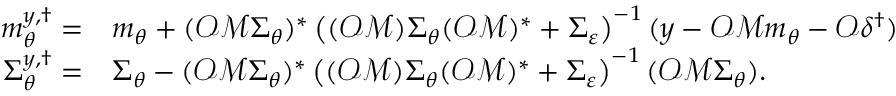
\begin{array} { r l } { m _ { \theta } ^ { y , \dagger } = } & { m _ { \theta } + ( \mathcal { O } \mathcal { M } \Sigma _ { \theta } ) ^ { \ast } \left( ( \mathcal { O } \mathcal { M } ) \Sigma _ { \theta } ( \mathcal { O } \mathcal { M } ) ^ { \ast } + \Sigma _ { \varepsilon } \right) ^ { - 1 } ( y - \mathcal { O } \mathcal { M } m _ { \theta } - \mathcal { O } \delta ^ { \dagger } ) } \\ { \Sigma _ { \theta } ^ { y , \dagger } = } & { \Sigma _ { \theta } - ( \mathcal { O } \mathcal { M } \Sigma _ { \theta } ) ^ { \ast } \left( ( \mathcal { O } \mathcal { M } ) \Sigma _ { \theta } ( \mathcal { O } \mathcal { M } ) ^ { \ast } + \Sigma _ { \varepsilon } \right) ^ { - 1 } ( \mathcal { O } \mathcal { M } \Sigma _ { \theta } ) . } \end{array}